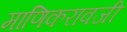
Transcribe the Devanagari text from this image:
माणिकरावजी